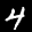
Label: 4